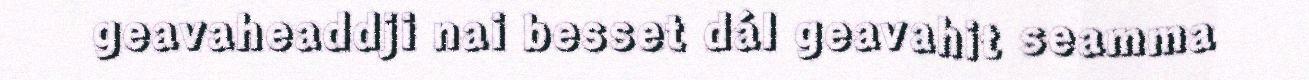
geavaheaddji nai besset dál geavahit seamma